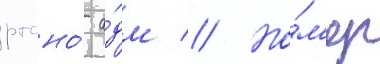
ртсно́ а́дм // Но́м'ер